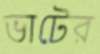
ভাটের